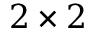
2 \times 2